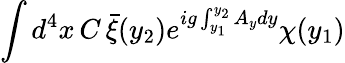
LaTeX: \int d^{4}x\, C\, \bar{\xi}(y_{2})e^{ig\int_{y_{1}}^{y_{2}}A_{y}dy}\chi(y_{1})